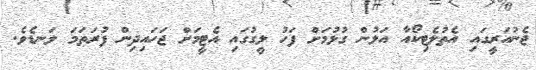
ޖެނުއަރީގައި އެތުލެޓިކޯއާ އަލުން ގުޅުމަށް ފަހު ލީގުގައި އެޓީމަށް ޖަހައިދިން ފުރަތަމަ ލަނޑެވެ.